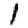
Digit: 1